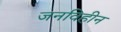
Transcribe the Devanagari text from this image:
जनविहीन